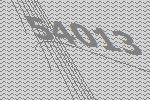
54013